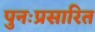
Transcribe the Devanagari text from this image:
पुनःप्रसारित